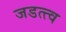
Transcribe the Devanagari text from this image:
जडत्त्व